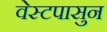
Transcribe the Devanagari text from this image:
वेस्टपासुन